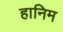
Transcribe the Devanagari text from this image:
हानिम